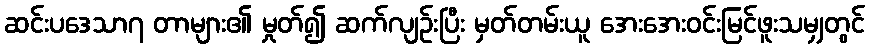
ဆင်းပဒေသာ၇ တာများ၏ မှုတ်၍ ဆက်လျဉ်းပြီး မှတ်တမ်းယူ အေးအေးဝင်းမြင်ဖူးသမျှတွင်